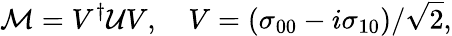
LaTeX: {\cal M}=V^{\dagger}{\cal U}V,\quad V=(\sigma_{00}-i\sigma_{10})/\sqrt{2},